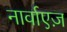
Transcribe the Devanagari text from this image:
नार्वाएज़